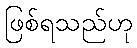
ဖြစ်ရသည်ဟု